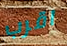
اقرب